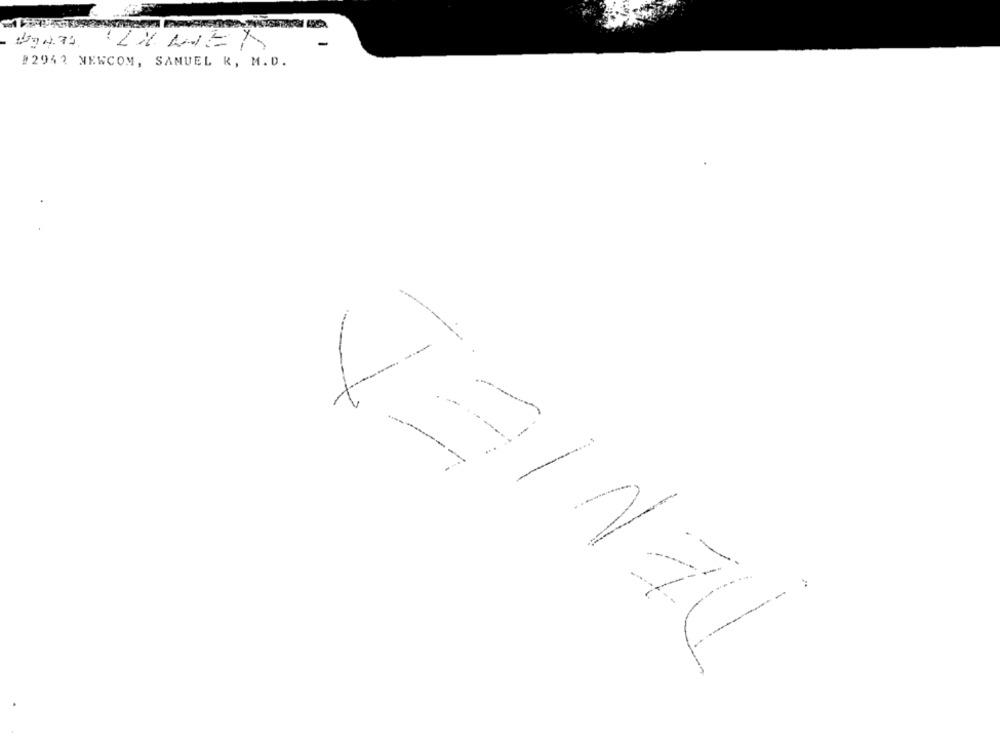
INWEM
#2942 NEWCOM, SAMUEL R, M.D.
VEINAL